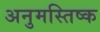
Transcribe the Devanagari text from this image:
अनुमस्तिष्‍क